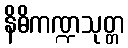
နိဓိကဏ္ဍသုတ္တ